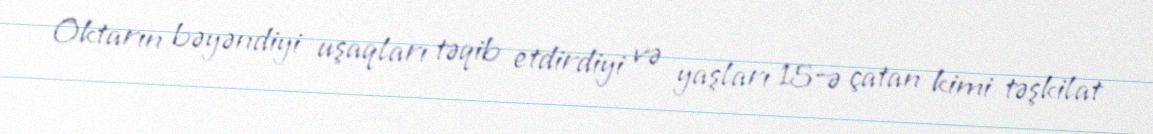
Oktarın bəyəndiyi uşaqları təqib etdirdiyi və yaşları 15-ə çatan kimi təşkilat